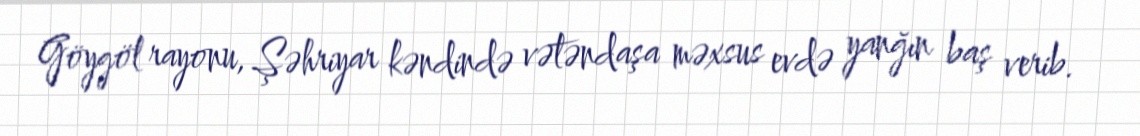
Göygöl rayonu, Şəhriyar kəndində vətəndaşa məxsus evdə yanğın baş verib.